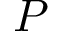
P